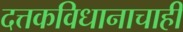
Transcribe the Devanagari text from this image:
दत्तकविधानाचाही